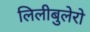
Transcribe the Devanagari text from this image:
लिलीबुलेरो